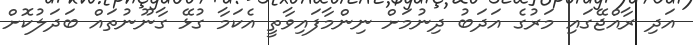
އަދި ރާއްޖޭގައި މަރުގެ އަދަބު ދިނުމަށް ނިންމާފައިވާތީ އެކަމާ ގުޅޭ ގާނޫނުތައް ބަދަލުކޮށް